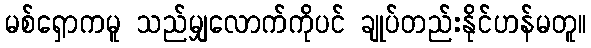
မစ်ရှောကမူ သည်မျှလောက်ကိုပင် ချုပ်တည်းနိုင်ဟန်မတူ။